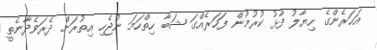
އަހަރެންގެ ހިޔާލު ފާޅު ކުރުމުން ފަހަރެއްގަ ޝަބާ ހިތްހަމަ ނުޖެހި އިތުރަށް ދެރަވެދާނެތީ